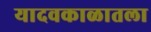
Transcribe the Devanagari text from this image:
यादवकाळातला